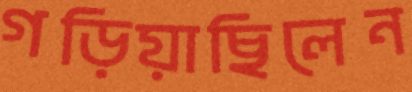
গড়িয়াছিলেন